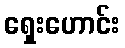
ရှေးဟောင်း